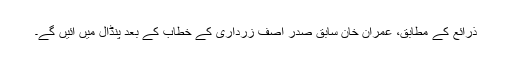
ذرائع کے مطابق، عمران خان سابق صدر آصف زرداری کے خطاب کے بعد پنڈال میں آئیں گے۔